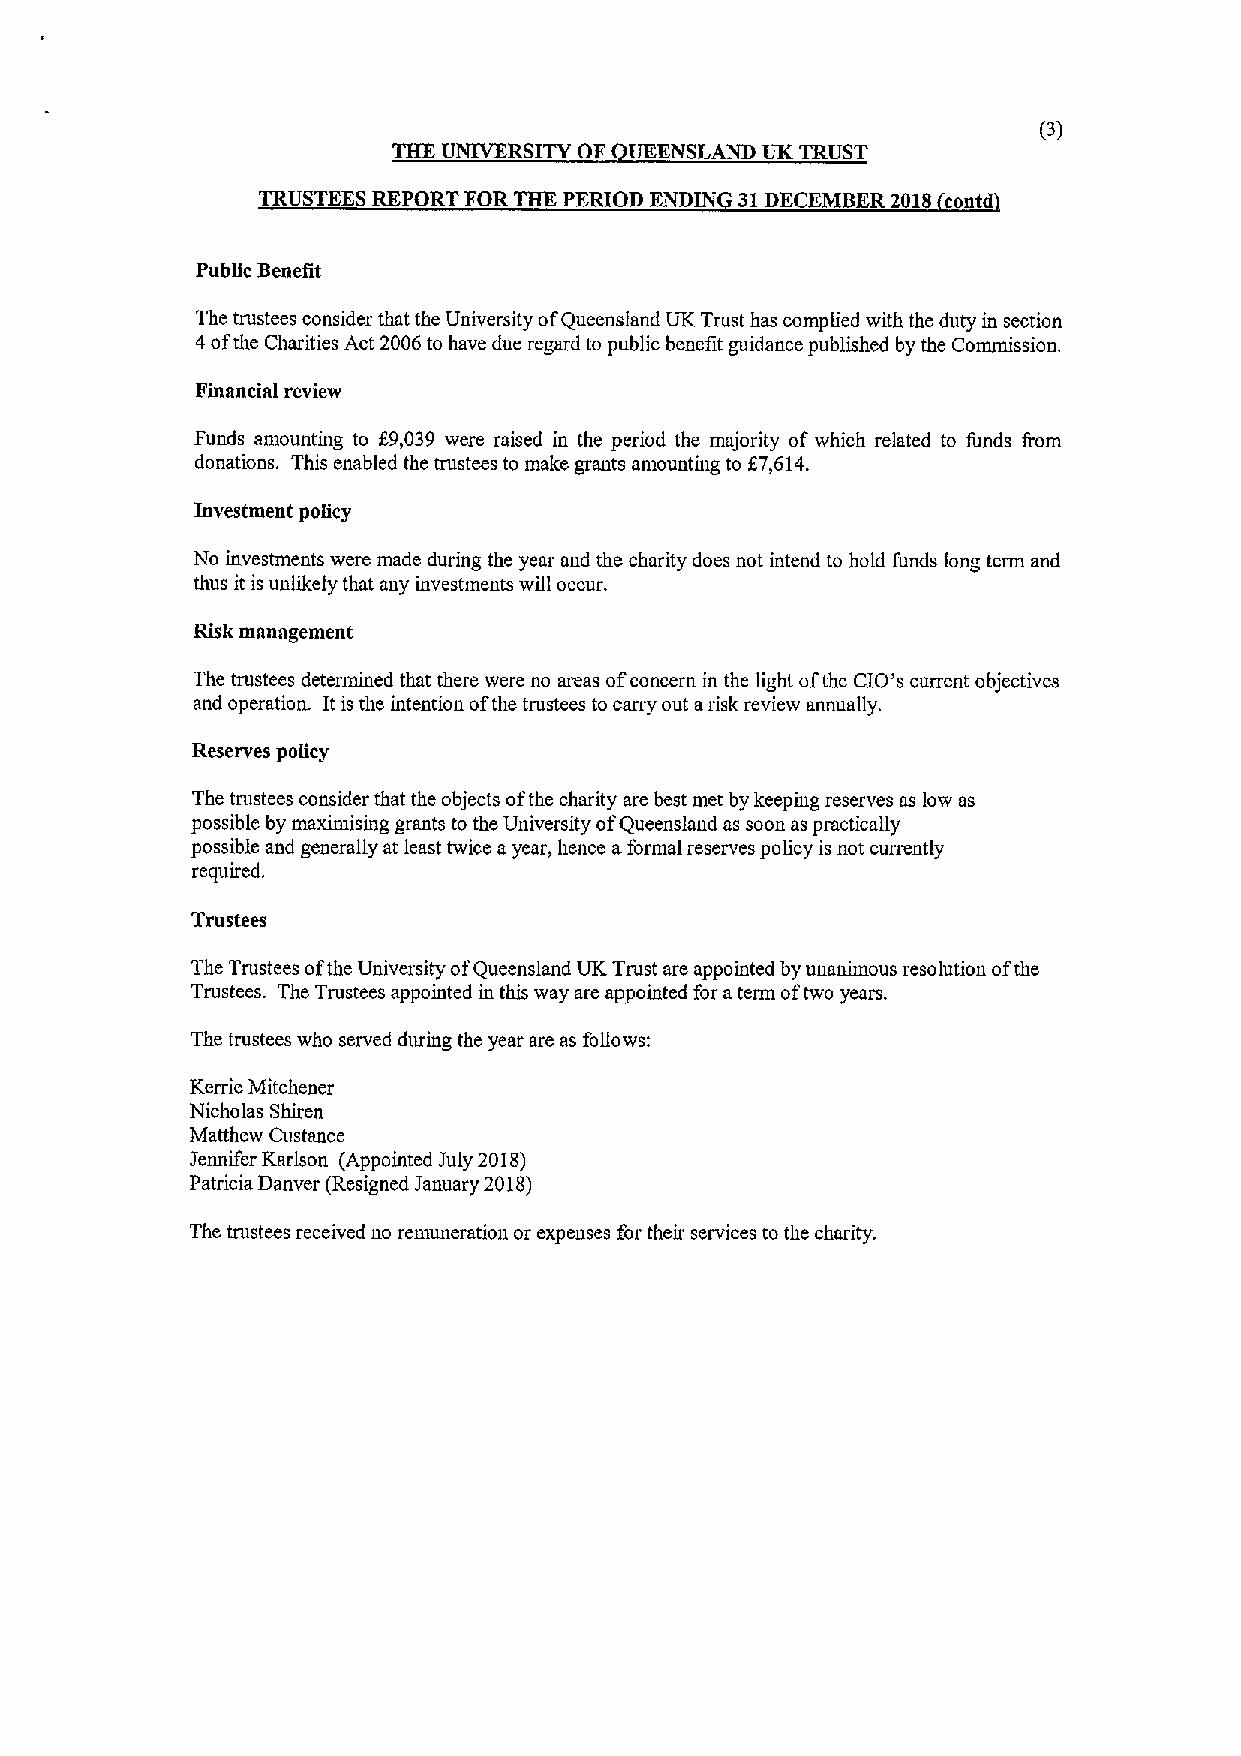
(3)
 THE UNIVERSITY OF UEENSLAND UK TRUST
 TRUSTEES REPORT FOR THE PERIOD ENDIN 31DECEMBER 2018 contd
 Public Benefit
 The trustees consider that the University ofQueensland UK Trust has complied with the duty in section
 4ofthe Charities Act 2006to have due regard to public benefit guidance published by the Commission.
 Financial review
 Funds amounting to 89,039 were raised in the period the majority of which related to funds irom
 donations. This enabled the trustees to make grants amounting to 87,614.
 Investment policy
 No investments were made during the year and the charity does not intend to hold funds long term and
 thus it is unlikely that any investments will occur.
 Risk management
 The trustees determined that there were no areas ofconcern in the light ofthe CIO's current objectives
 and operation. It is the intention ofthe trustees to carry out arisk review annually.
 Reserves policy
 The trustees consider that the objects ofthe charity are best met by keeping reserves as low as
 possible by maximising grants to the University ofQueensland as soon as practically
 possible and generally at least twice ayear, hence aformal reserves policy is not currently
 required.
 Trustees
 The Trustees ofthe University ofQueensland UK Trust are appointed by unanimous resolution ofthe
 Trustees. The Trustees appointed in this way are appointed for aterm oftwo years.
 The trustees who served during the year are as follows:
 Kerrie Mitchener
 Nicholas Shiren
 Matthew Custance
 Jennifer Karlson (Appointed July 2018)
 Patricia Denver (Resigned January 2018)
 The trustees received no remuneration or expenses for their services to the charity.